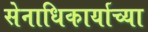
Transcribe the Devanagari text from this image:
सेनाधिकार्याच्या